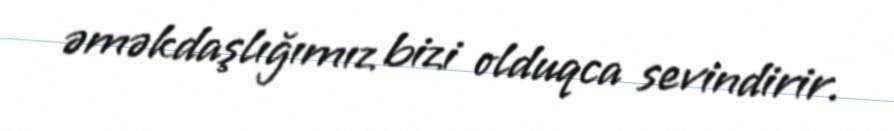
əməkdaşlığımız bizi olduqca sevindirir.